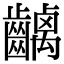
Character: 𪙥